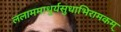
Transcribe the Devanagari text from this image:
ललाममाधुर्यसुधाभिरामकम्